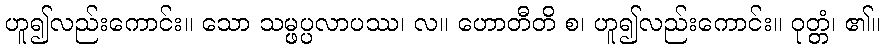
ဟူ၍လည်းကောင်း။ သော သမ္ဖပ္ပလာပဿ၊ လ။ ဟောတီတိ စ၊ ဟူ၍လည်းကောင်း။ ဝုတ္တံ၊ ၏။